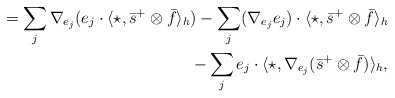
\begin{align*}=\sum_{j}\nabla_{e_{j}}(e_{j}\cdot\langle\star,\bar{s}^{+}\otimes \bar{f} \rangle_{h})-\sum_{j}(\nabla_{e_{j}}e_{j})\cdot\langle\star,\bar{s}^{+}\otimes \bar{f} \rangle_{h} \\-\sum_{j}e_{j}\cdot\langle\star, \nabla_{e_{j}}(\bar{s}^{+}\otimes \bar{f})\rangle_{h}, \end{align*}